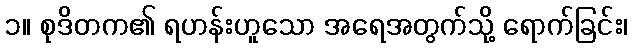
၁။ စုဒိတက၏ ရဟန်းဟူသော အရေအတွက်သို့ ရောက်ခြင်း၊